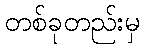
တစ်ခုတည်းမှ